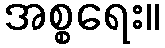
အစ္စရေး။